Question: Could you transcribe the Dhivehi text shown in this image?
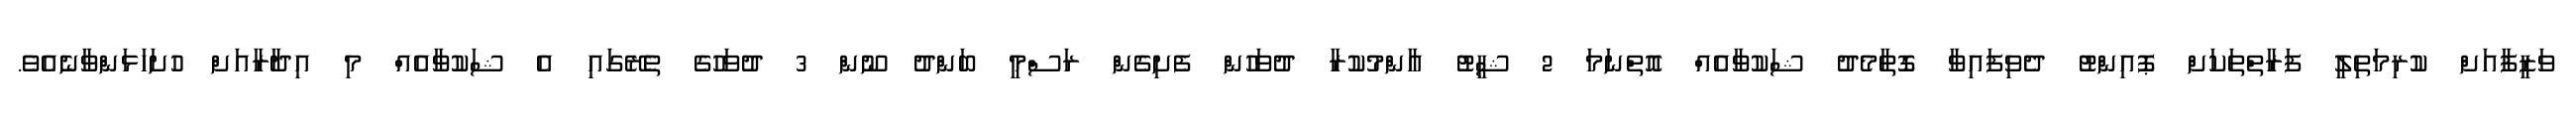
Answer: ވަޒީފާއަށް ކުރިމަތިލީ ފަރާތްތަކަށް ޕޮއިންޓު ދެވިފައިވާ ގޮތާމެދު ޝަކުވާއެއް އޮތްނަމަ 2 ޝީޓު އާންމުކުރާ ދުވަހުން ފެށިގެން ރަސްމީ ބަންދު ނޫން 3 ދުވަހުގެ ތެރޭގައި އެ ޝަކުވާއެއް މި އިދާރާއަށް ހުށަހަޅަންވާނެއެވެ.